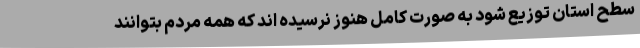
سطح استان توزیع شود به صورت کامل هنوز نرسیده اند که همه مردم بتوانند